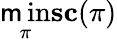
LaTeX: \operatorname*{\mathsf{m}in}_{\pi}\textbf{{sc}}(\pi)